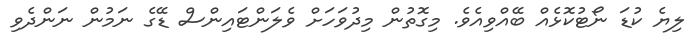
ލިޔެ ކުޑަ ނޯޓުކޮޅެއް ބޭއްވިއެވެ. މިގޮތުން މިދުވަހަށް ވެލަންޓައިންސް ޑޭގެ ނަމުން ނަންދެވި